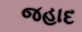
જહાદ